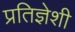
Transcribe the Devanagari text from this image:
प्रतिज्ञेशी